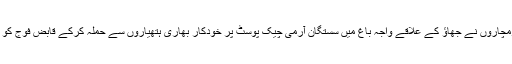
11 اکتوبر 9 اکتوبر کو سرمچاروں نے جھاؤ کے علاقے واجہ باغ میں سستگان آرمی چیک پوسٹ پر خودکار بھاری ہتھیاروں سے حملہ کرکے قابض فوج کو بھاری جانی نقصان پہنچایا۔